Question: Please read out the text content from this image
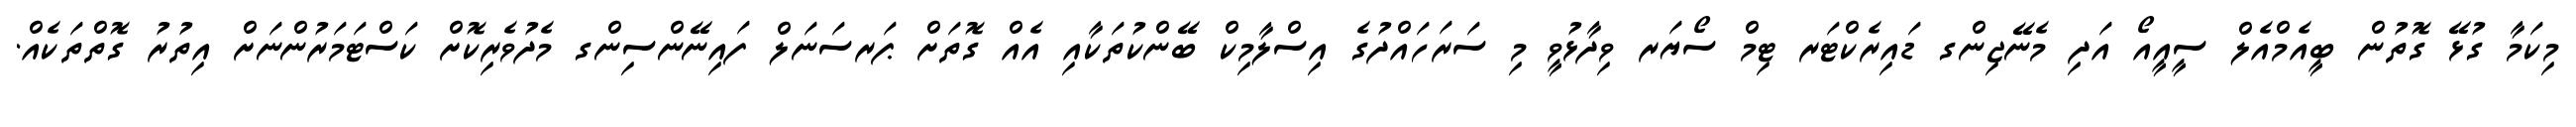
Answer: މިކަމާ ގުޅޭ ގޮތުން ބީއެމްއެލް ސީއީއޯ އަދި މެނޭޖިންގ ޑައިރެކްޓަރ ޓިމް ސޯޔަރ ވިދާޅުވީ މި ސަރަހައްދުގެ އިސްލާމިކް ބޭންކުތަކާއި އެއް ގޮތަށް ޕަރސަނަލް ފައިނޭންސިންގ މެދުވެރިކޮށް ކަސްޓަމަރުންނަށް އިތުރު ގޮތްތަކެއް.